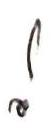
!